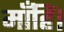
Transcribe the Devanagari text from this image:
माँहिं।